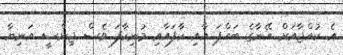
އެ ކުއްޖާއަށް އޭނާގެ ބައްޕަ އާއި ކާފައާއި މުނިކާފަ ވެސް ޖިންސީ އަނިޔާ